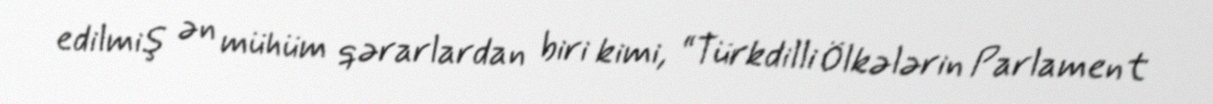
edilmiş ən mühüm qərarlardan biri kimi, “Türkdilli Ölkələrin Parlament